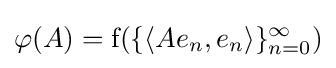
\varphi (A)={\rm {f}}(\{\langle Ae_{n},e_{n}\rangle \}_{n=0}^{\infty })